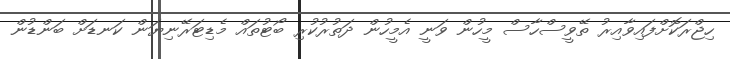
ހިޖްރަކޮށްފައިވާއިރު ތޭވީސްހާސް މީހުން ވަނީ އެމީހުން ދަތުރުކުރި ބޯޓުތައް މެޑިޓަރޭނިޔަން ކަނޑަށް ބަންޑުން